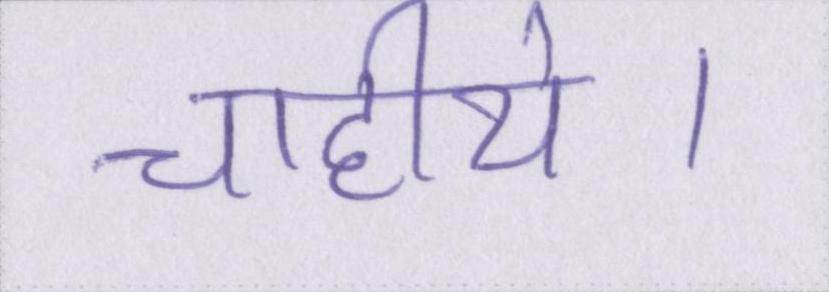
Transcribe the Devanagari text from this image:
चाहीये।